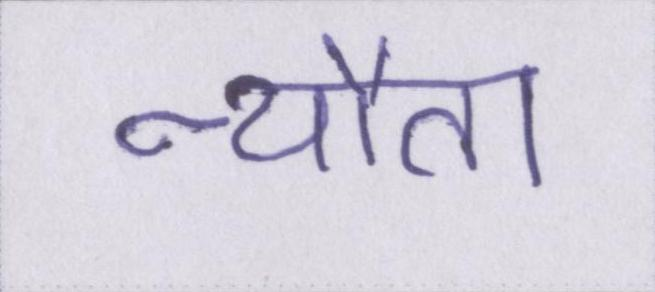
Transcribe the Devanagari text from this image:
न्यौता